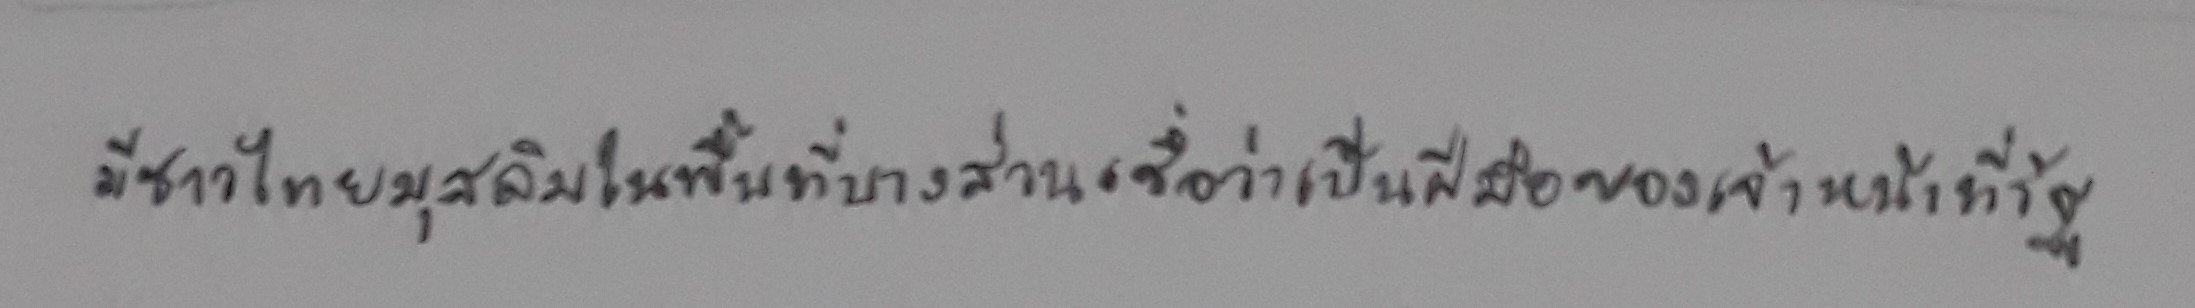
มีชาวไทยมุสลิมในพื้นที่บางส่วนเชื่อว่าเป็นฝีมือของเจ้าหน้าที่รัฐ